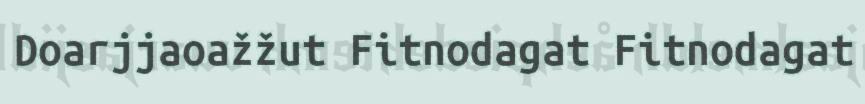
Doarjjaoažžut Fitnodagat Fitnodagat